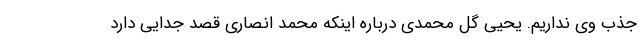
جذب وی نداریم. یحیی گل محمدی درباره اینکه محمد انصاری قصد جدایی دارد